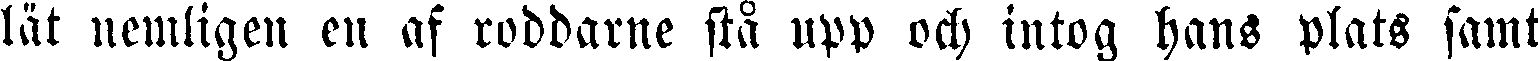
lät nemligen en af roddarne stå upp och intog hans plats samt